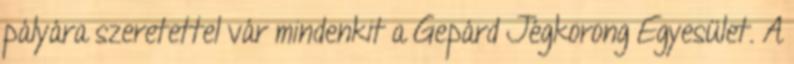
pályára szeretettel vár mindenkit a Gepárd Jégkorong Egyesület. A